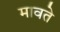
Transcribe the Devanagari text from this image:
मावते